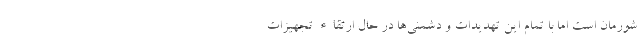
شورمان است اما با تمام این تهدیدات و دشمنی‌ها در حال ارتقاء تجهیزات